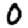
Digit: 0